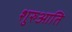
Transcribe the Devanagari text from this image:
शुरुआति